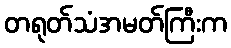
တရုတ်သံအမတ်ကြီးက